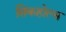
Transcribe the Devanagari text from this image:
सिंकहोल्स